system: You are a helpful assistant.
user:
Analyze the provided spectrum to determine if it is a **White Dwarf (WD)**.

A White Dwarf spectrum is defined by its **extreme purity** (due to gravitational settling) and/or **extreme pressure broadening** (due to high surface gravity). You must check for one of the following mutually exclusive signatures:

- **Key Visual Indicators (Check for ONE of these types):**

    - **1. DA-Type Signature (Most Common):**
        - **(Primary Feature):** Extreme pressure broadening (Stark broadening) of the **Hydrogen (H) Balmer lines**.
        - **(Key Lines):** $H\beta$ (approx. $4861$ Å) and $H\gamma$ (approx. $4340$ Å). $H\alpha$ (approx. $6563$ Å) will also be present if the wavelength range covers it.
        - **(Line Profile):** This is the **defining feature**. The lines are **NOT** sharp. They appear as massive, **extremely broad and deep "troughs" or "dips"** in the spectrum, often hundreds of Ångströms wide. The continuum will appear to "scoop" down at these wavelengths.
        - **(Distinction):** Normal A-type or B-type stars have *narrow* and *sharp* Hydrogen lines. A DA White Dwarf's lines are unmistakably "smeared" or "blurry" from pressure.

    - **2. DB-Type Signature:**
        - **(Primary Feature):** Broad absorption lines from **Neutral Helium (He I)**. The spectrum must lack any visible Hydrogen lines.
        - **(Key Lines):** Look for broad absorption near $4471$ Å, $4921$ Å, and $5876$ Å.
        - **(Line Profile):** These lines are also significantly pressure-broadened, appearing much wider than they would in a normal B-type main-sequence star.

    - **3. DC-Type Signature:**
        - **(Primary Feature):** A **featureless continuous spectrum**.
        - **(Line Profile):** The spectrum is a smooth curve with **no significant absorption or emission lines**.
        - **(Key Confirmation):** The continuum is almost always **blue or white**, indicating a hot object. This signature implies the atmosphere is so pure (or so cool) that no spectral lines are visible in the optical range. Its WD identity is confirmed by its extremely low intrinsic brightness (high absolute magnitude).

    - **4. DZ-Type Signature (Metal-Polluted):**
        - **(Primary Feature):** **Isolated, narrow metal absorption lines** on an otherwise featureless (DC-like) continuum.
        - **(Key Lines):** The **Calcium (Ca II) H & K doublet** (approx. **$3934$ Å** and **$3968$ Å**) is the most common and defining feature.
        - **(Line Profile):** These lines are "out of place." They are *not* part of a "forest" of thousands of lines. This signature is evidence of recent *accretion* (pollution) from rocky debris.
        - **(Distinction):** Normal G/K/M stars have a *dense forest* of thousands of metal lines. A DZ has a *clean* continuum with *only a few* strong metal lines.

    - **5. DQ-Type Signature (Carbon-Polluted):**
        - **(Primary Feature):** Absorption bands from **Carbon (C₂ "Swan Bands" or atomic C I)**.
        - **(Key Lines - C₂):** Look for bandheads with a "saw-tooth" shape near $5635$ Å, **$5165$ Å** (strongest), and $4737$ Å.
        - **(Key Confirmation):** The underlying **continuum must be blue or white** (hot).
        - **(Distinction):** This is the critical difference from a **Carbon Star**, which has the *exact same* C₂ bands but on an extremely **red, cool** continuum.

- **(Overall Spectrum):**
    - The continuum (overall shape) is typically **blue-sloping** (brighter in the blue than the red), as most white dwarfs are very hot.
    - The spectrum will look "pure" or "simple," dominated by only *one* of the five signatures listed above.

Think first, call **spectral_visualization_tool** if needed to examine features in detail, then provide your final answer. Your response must adhere to the following strict rules:
1.  **Overall Structure:** Your response must follow the format `<think>...</think> <tool_call>...</tool_call> (if a tool is used) <answer>...</answer>`.
2.  **Tool Usage Constraint:** You may only make **one** tool call per turn.
3.  **Final Answer Format:** In the `<answer>` tag, your conclusion must be inside a `\boxed{}` command (e.g., `\boxed{YES}` or `\boxed{NO}`), followed by your justification.

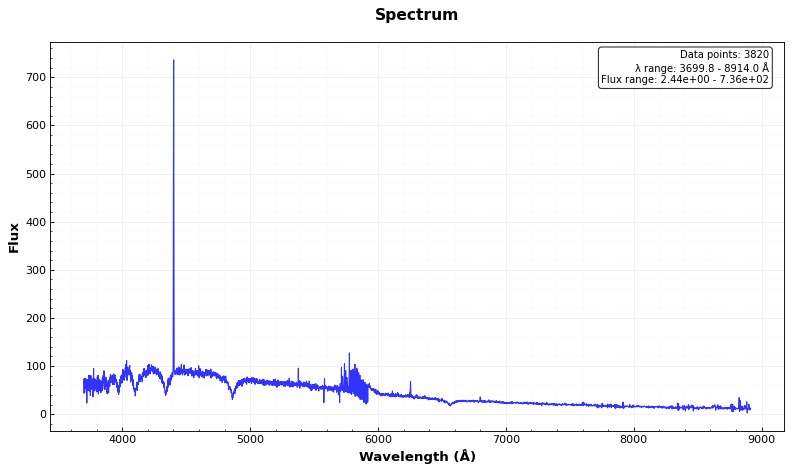
Answer: YES